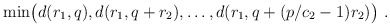
\begin{align*}{\rm min}\big(d(r_1,q),d(r_1,q+r_2),\ldots,d(r_1,q+(p/c_2-1)r_2)\big)\ .\end{align*}